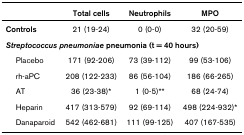
|  | Total cells | Neutrophils | MPO |
 | --- | --- | --- | --- |
 | Controls | 21 (19-24) | 0 (0-0) | 32 (20-59) |
 | <COLSPAN=4> Streptococcus pneumoniae pneumonia (t = 40 hours) |
 | Placebo | 171 (92-206) | 73 (39-112) | 99 (53-106) |
 | rh-aPC | 208 (122-233) | 86 (56-104) | 186 (66-265) |
 | AT | 36 (23-38)* | 1 (0-5)** | 68 (24-74) |
 | Heparin | 417 (313-579) | 92 (69-114) | 498 (224-932)* |
 | Danaparoid | 542 (462-681) | 111 (99-125) | 407 (167-535) |